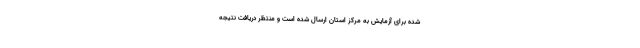
شده برای آزمایش به مرکز استان ارسال شده است و منتظر دریافت نتیجه